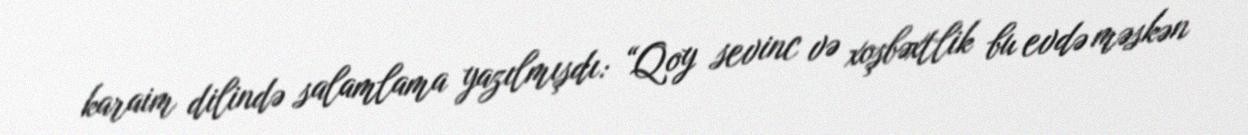
karaim dilində salamlama yazılmışdı: “Qoy sevinc və xoşbəxtlik bu evdə məskən